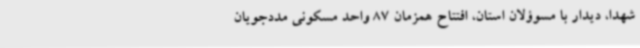
شهدا، دیدار با مسوؤلان استان، افتتاح همزمان 87 واحد مسکونی مددجویان